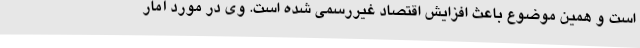
است و همین موضوع باعث افزایش اقتصاد غیررسمی شده است. وی در مورد آمار